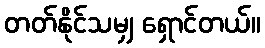
တတ်နိုင်သမျှ ရှောင်တယ်။